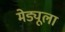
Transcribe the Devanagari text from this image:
मेड्यूला